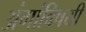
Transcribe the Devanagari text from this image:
अंगांविषयी